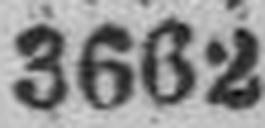
3662